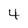
Character: 4